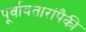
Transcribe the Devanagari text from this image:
पूर्वावतारांपैकी